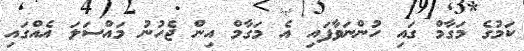
ކަމުގެ މަގާމް ގައި ހުންނަވާފައި އެ މަގާމް އިން ޖެހުނު މައްސަލަ އެއްގައި